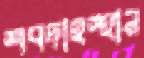
শবদাহস্হান